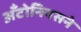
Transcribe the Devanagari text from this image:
अँटोनियसने